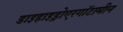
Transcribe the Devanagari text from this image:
डाइहाइड्रोएरगॉटामीन